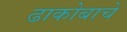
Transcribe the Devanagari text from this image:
ढाकोबाचे